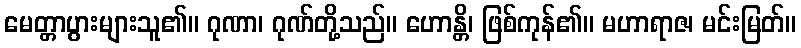
မေတ္တာပွားများသူ၏။ ဂုဏာ၊ ဂုဏ်တို့သည်။ ဟောန္တိ၊ ဖြစ်ကုန်၏။ မဟာရာဇ၊ မင်းမြတ်။